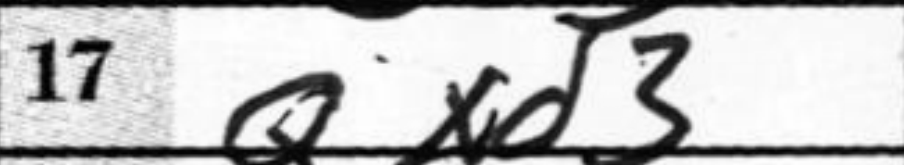
Transcription: Qxd3